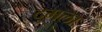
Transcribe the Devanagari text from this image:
दुमला